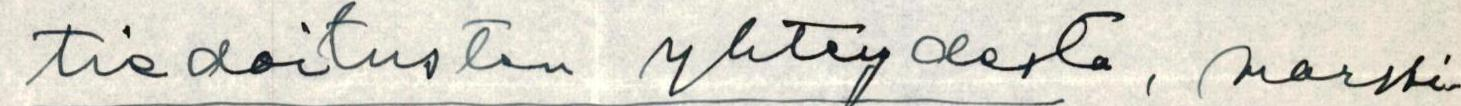
tiedoitusten yhteydestä, marssi-